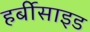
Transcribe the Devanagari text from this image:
हर्बीसाइड